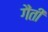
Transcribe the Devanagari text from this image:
गैंती